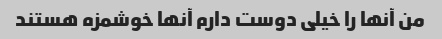
من آنها را خیلی دوست دارم آنها خوشمزه هستند